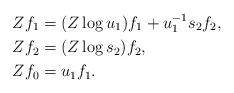
LaTeX: \begin{align*}Zf_1& = (Z\log u_1) f_1 + u_1^{-1}s_2f_2,\\Zf_2& = (Z\log s_2) f_2, \\Zf_0& = u_1f_1.\end{align*}